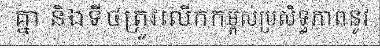
គ្នា និងទី៤ត្រូវលើកកម្ពស់ប្រសិទ្ធភាពនូវ